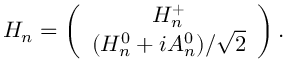
H _ { n } = \left( \begin{array} { c } { { H _ { n } ^ { + } } } \\ { { ( H _ { n } ^ { 0 } + i A _ { n } ^ { 0 } ) / \sqrt { 2 } } } \end{array} \right) .